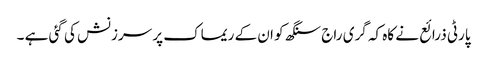
پارٹی ذرائع نے کاہ کہ گری راج سنگھ کو ان کے ریماک پر سرزنش کی گئی ہے ۔